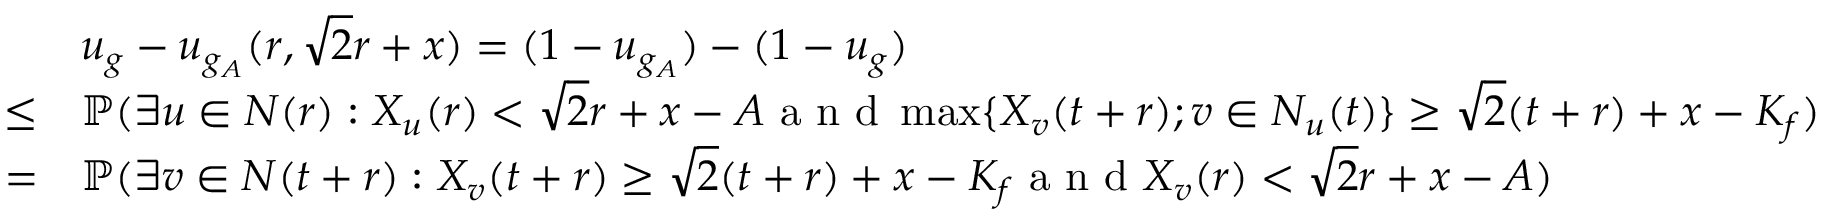
\begin{array} { r l } & { u _ { g } - u _ { g _ { A } } ( r , \sqrt { 2 } r + x ) = ( 1 - u _ { g _ { A } } ) - ( 1 - u _ { g } ) } \\ { \leq } & { \mathbb { P } ( \exists u \in N ( r ) : X _ { u } ( r ) < \sqrt { 2 } r + x - A \textrm { a n d } \operatorname* { m a x } \{ X _ { v } ( t + r ) ; v \in N _ { u } ( t ) \} \geq \sqrt { 2 } ( t + r ) + x - K _ { f } ) } \\ { = } & { \mathbb { P } ( \exists v \in N ( t + r ) : X _ { v } ( t + r ) \ge \sqrt { 2 } ( t + r ) + x - K _ { f } \textrm { a n d } X _ { v } ( r ) < \sqrt { 2 } r + x - A ) } \end{array}